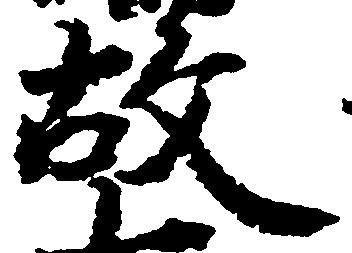
故